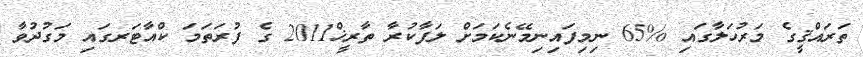
ތަރައްޤީގެ މަރުހަލާގައި %65 ނިމިފައިނިމޭނެކަމަށް ލަފާކުރާ ތާރީޚް2011 ގެ ފުރަތަމަ ކްއާޓަރގައި މަގުދުވާ